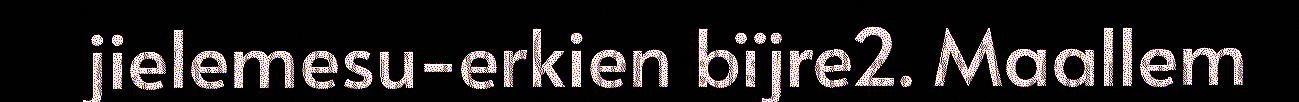
jielemesu-erkien bïjre2. Maallem